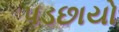
પડછાયો